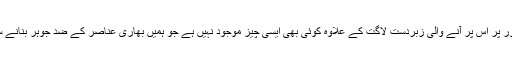
نظریاتی طور پر اس پر آنے والی زبردست لاگت کے علاوہ کوئی بھی ایسی چیز موجود نہیں ہے جو ہمیں بھاری عناصر کے ضد جوہر بنانے سے روکے۔